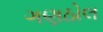
ગણઠોલ